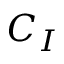
C _ { I }